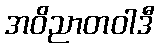
အဝိညာတဝါဒီ